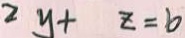
2 y + z = 6